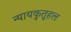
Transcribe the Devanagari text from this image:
न्यायकुतूहल